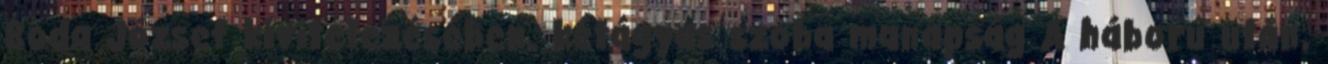
Boda József kivitelezésében. kétágyas szoba manapság A háború után,